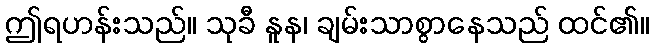
ဤရဟန်းသည်။ သုခီ နူန၊ ချမ်းသာစွာနေသည် ထင်၏။